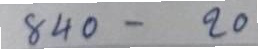
840 - 20